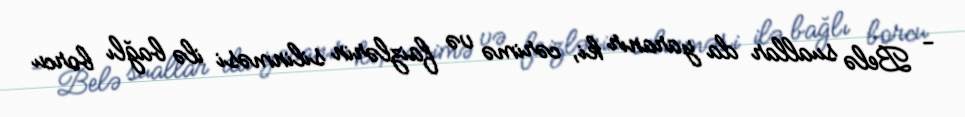
- Belə suallar da yaranır ki, cərimə və faizlərin silinməsi ilə bağlı borcu